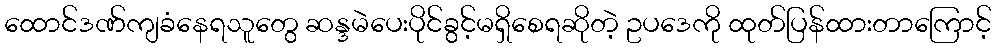
ထောင်ဒဏ်ကျခံနေရသူတွေ ဆန္ဒမဲပေးပိုင်ခွင့်မရှိစေရဆိုတဲ့ ဥပဒေကို ထုတ်ပြန်ထားတာကြောင့်